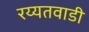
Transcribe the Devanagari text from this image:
रय्यतवाडी